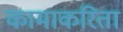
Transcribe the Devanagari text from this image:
कामाकरिता